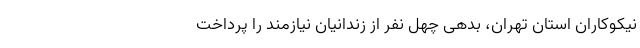
نیکوکاران استان تهران، بدهی چهل نفر از زندانیان نیازمند را پرداخت